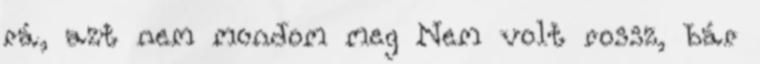
rá, azt nem mondom meg Nem volt rossz, bár